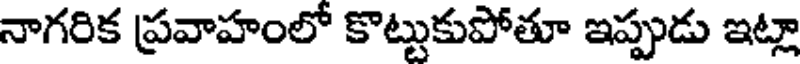
నాగరిక ప్రవాహంలో కొట్టుకుపోతూ ఇప్పుడు ఇట్లా